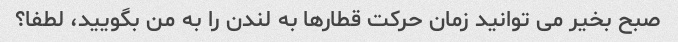
صبح بخیر می توانید زمان حرکت قطارها به لندن را به من بگویید، لطفا؟